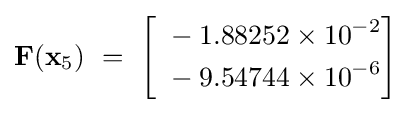
\mathbf {F} (\mathbf {x} _{5})~=~{\begin{bmatrix}{\begin{aligned}~&-1.88252\times 10^{-2}\\~&-9.54744\times 10^{-6}\end{aligned}}\end{bmatrix}}